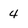
Character: 4